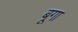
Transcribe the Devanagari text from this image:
बूगा